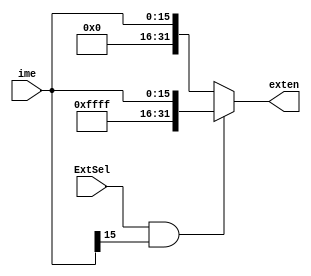
`timescale 1ns / 1ps
//////////////////////////////////////////////////////////////////////////////////
// Company: 
// Engineer: 
// 
// Design Name: 
// Module Name: Extend_Unit
// Project Name: 
// Target Devices: 
// Tool Versions: 
// Description: 
// 
// Dependencies: 
// 
// Revision:
// Revision 0.01 - File Created
// Additional Comments:
// 
//////////////////////////////////////////////////////////////////////////////////


module Extend_Unit(
    input ExtSel,
    input [15:0] ime,
    output reg [31:0] exten
);
    
    always @( ExtSel or ime) begin
        if(ExtSel == 1 && ime[15] == 1) exten = {16'hffff, ime};
        else exten = {16'h0000, ime};
    end
endmodule